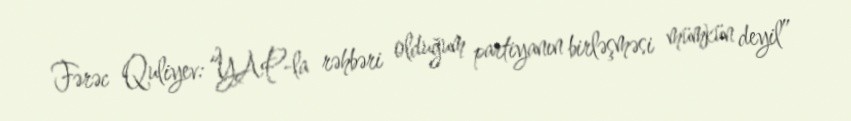
Fərəc Quliyev: “YAP-la rəhbəri olduğum partiyanın birləşməsi mümkün deyil”